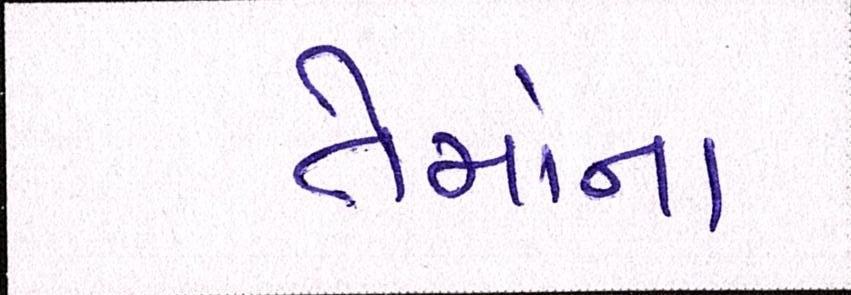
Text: તેમાંના